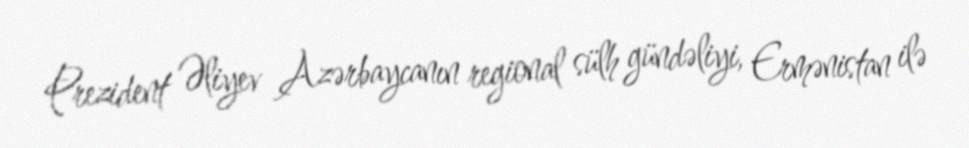
Prezident Əliyev Azərbaycanın regional sülh gündəliyi, Ermənistan ilə